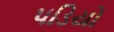
પડિયો